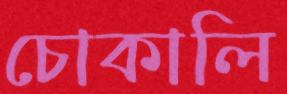
চোকালি